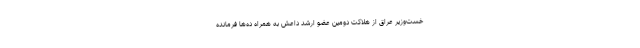
خست‌وزیر عراق از هلاکت دومین عضو ارشد داعش به همراه ده‌ها فرمانده